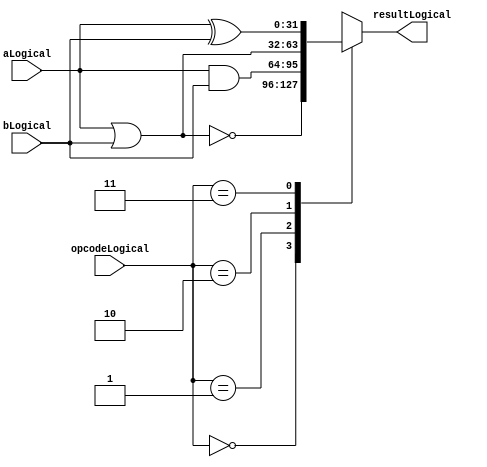
`timescale 1ns / 1ps
module LogicalUnit (
    input [31:0]aLogical,
    input [31:0]bLogical,
    input [1:0]opcodeLogical,
    output reg [31:0]resultLogical
);
// Implementation
always @(*) begin
    case (opcodeLogical)
        2'b00: resultLogical = ~ (aLogical | bLogical);
        2'b01: resultLogical = aLogical & bLogical;
        2'b10: resultLogical = aLogical | bLogical;
        2'b11: resultLogical = aLogical ^ bLogical;
    endcase
end

endmodule